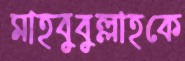
মাহবুবুল্লাহকে